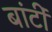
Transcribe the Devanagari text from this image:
बांटीं